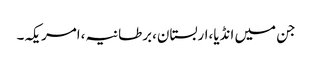
جن میں انڈیا،اربستان،برطانیہ،امریکہ۔